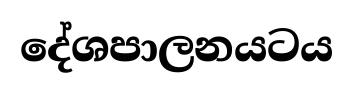
දේශපාලනයටය